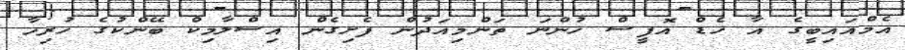
އެމްއައިބީގެ އާ ހެޑް އޮފީސް ހުންނަ ތަންމިއަދުން ފެށިގެން އިސްލާމިކް ބޭންކުގެ ހުރިހާ